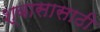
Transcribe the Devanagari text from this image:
श्वासासाठी